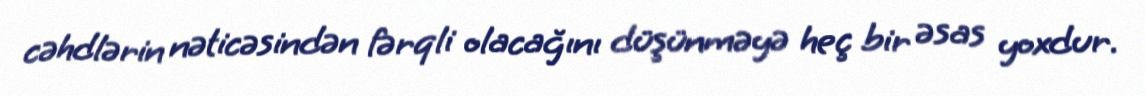
cəhdlərin nəticəsindən fərqli olacağını düşünməyə heç bir əsas yoxdur.